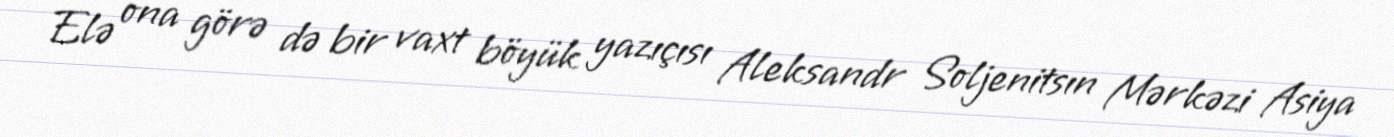
Elə ona görə də bir vaxt böyük yazıçısı Aleksandr Soljenitsın Mərkəzi Asiya